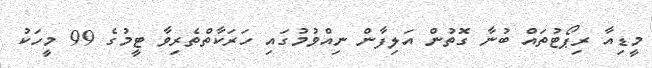
މީޑިއާ ރިޕޯޓުތައް ބުނާ ގޮތުން އަލިފާން ނިއްވުމުގައި ހަރަކާތްތެރިވާ ޓީމުގެ 99 މީހަކު